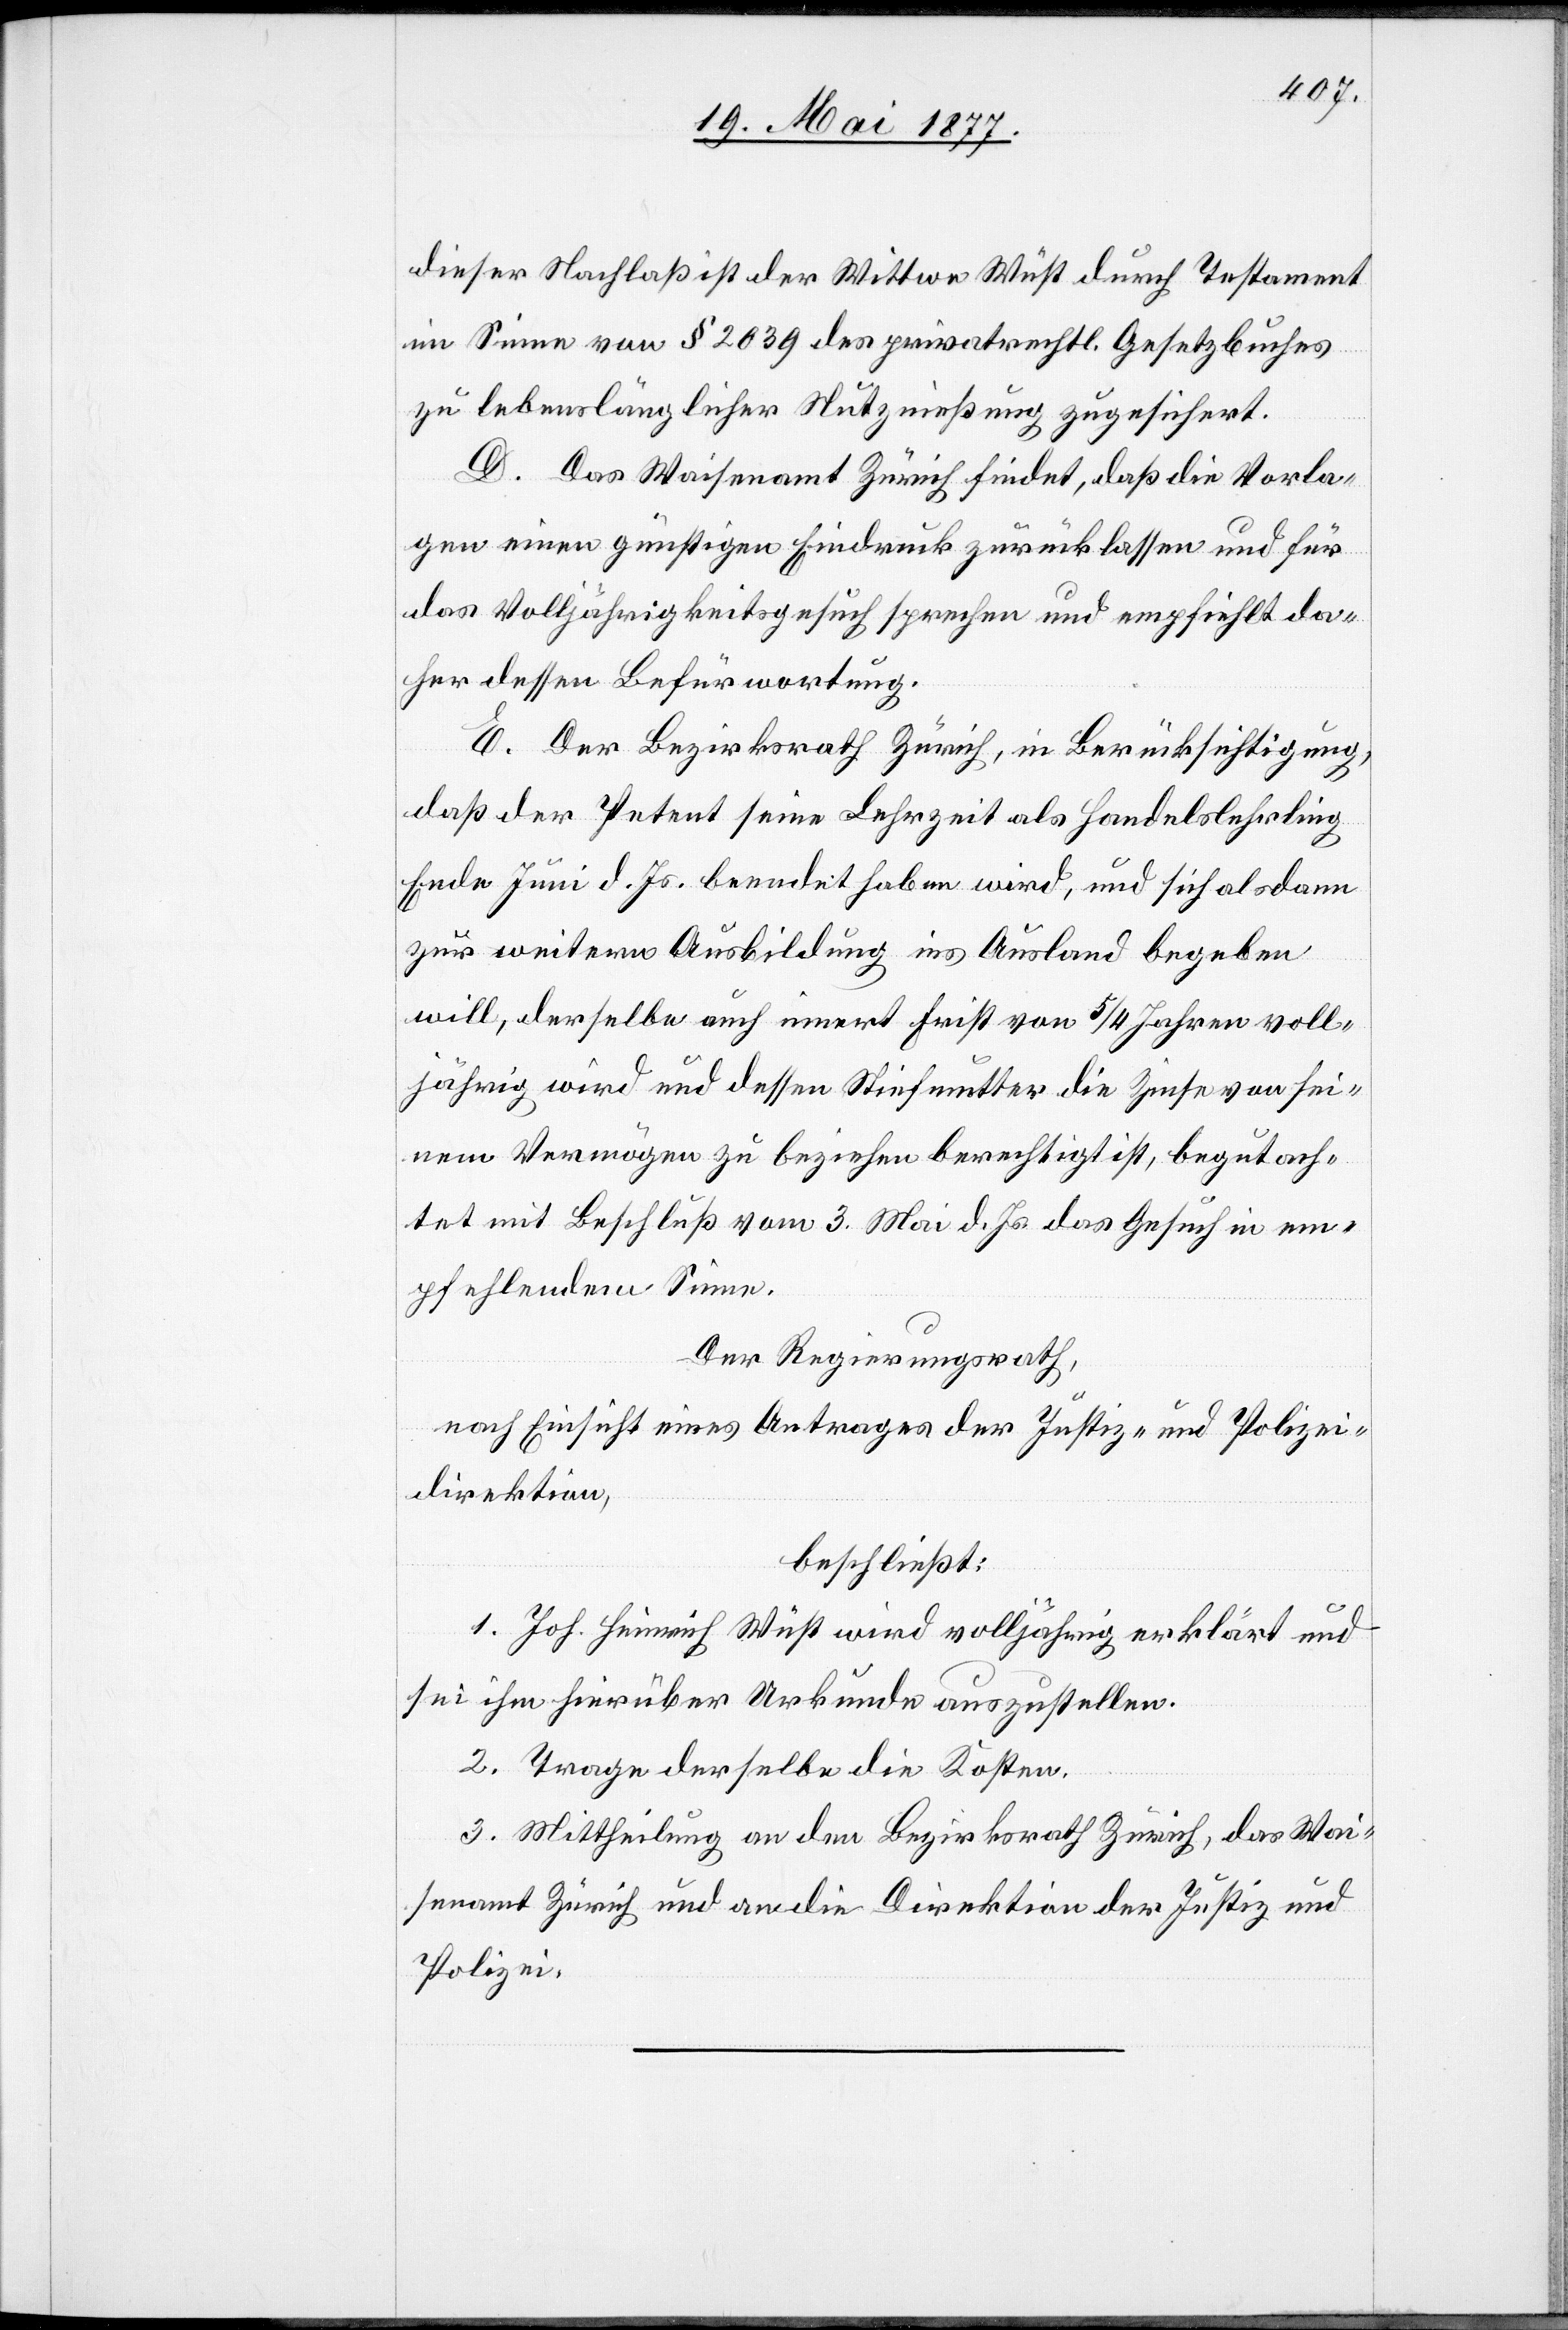
dieser Nachlaß ist der Wittwe Wüst durch Testament
im Sinne von § 2039 des privatrechtl. Gesetzbuches
zu lebenslänglicher Nutznießung zugesichert.
D. Das Waisenamt Zürich findet, daß die Vorla¬
gen einen günstigen Eindruck zurücklassen und für
das Volljährigkeitsgesuch sprechen und empfiehlt da¬
her dessen Befürwortung.
E. Der Bezirksrath Zürich, in Berücksichtigung,
daß der Petent seine Lehrzeit als Handelslehrling
Ende Juni d. Js. beendet haben wird, und sich alsdann
zur weitern Ausbildung ins Ausland begeben
will, derselbe auch innert Frist von 5/4 Jahren voll¬
jährig wird und dessen Stiefmutter die Zinse von sei¬
nem Vermögen zu beziehen berechtigt ist, begutach¬
tet mit Beschluß vom 3. Mai d. Js. das Gesuch in em¬
pfehlendem Sinne.
Der Regierungsrath,
nach Einsicht eines Antrages der Justiz- und Polizei¬
direktion,
beschließt:
1. Joh. Heinrich Wüst wird volljährig erklärt und
sei ihm hierüber Urkunde auszustellen.
2. Trage derselbe die Kosten.
3. Mittheilung an den Bezirksrath Zürich, das Wai¬
senamt Zürich und an die Direktion der Justiz und
Polizei.